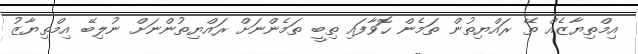
އިމްތިޔާޒެއް ތޭ ރައްޔިތުން ތަމެން ހޮވާފައި ތިބީ ތަމެންނަށް ރައްޔިތުންނަށް ނުލިބޭ އިމްތިޔާޒު